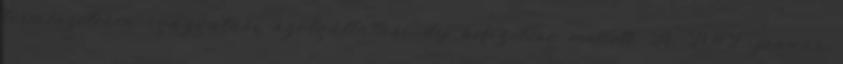
természetesen igazgatási szolgáltatási díj befizetése mellett. A 2012. január